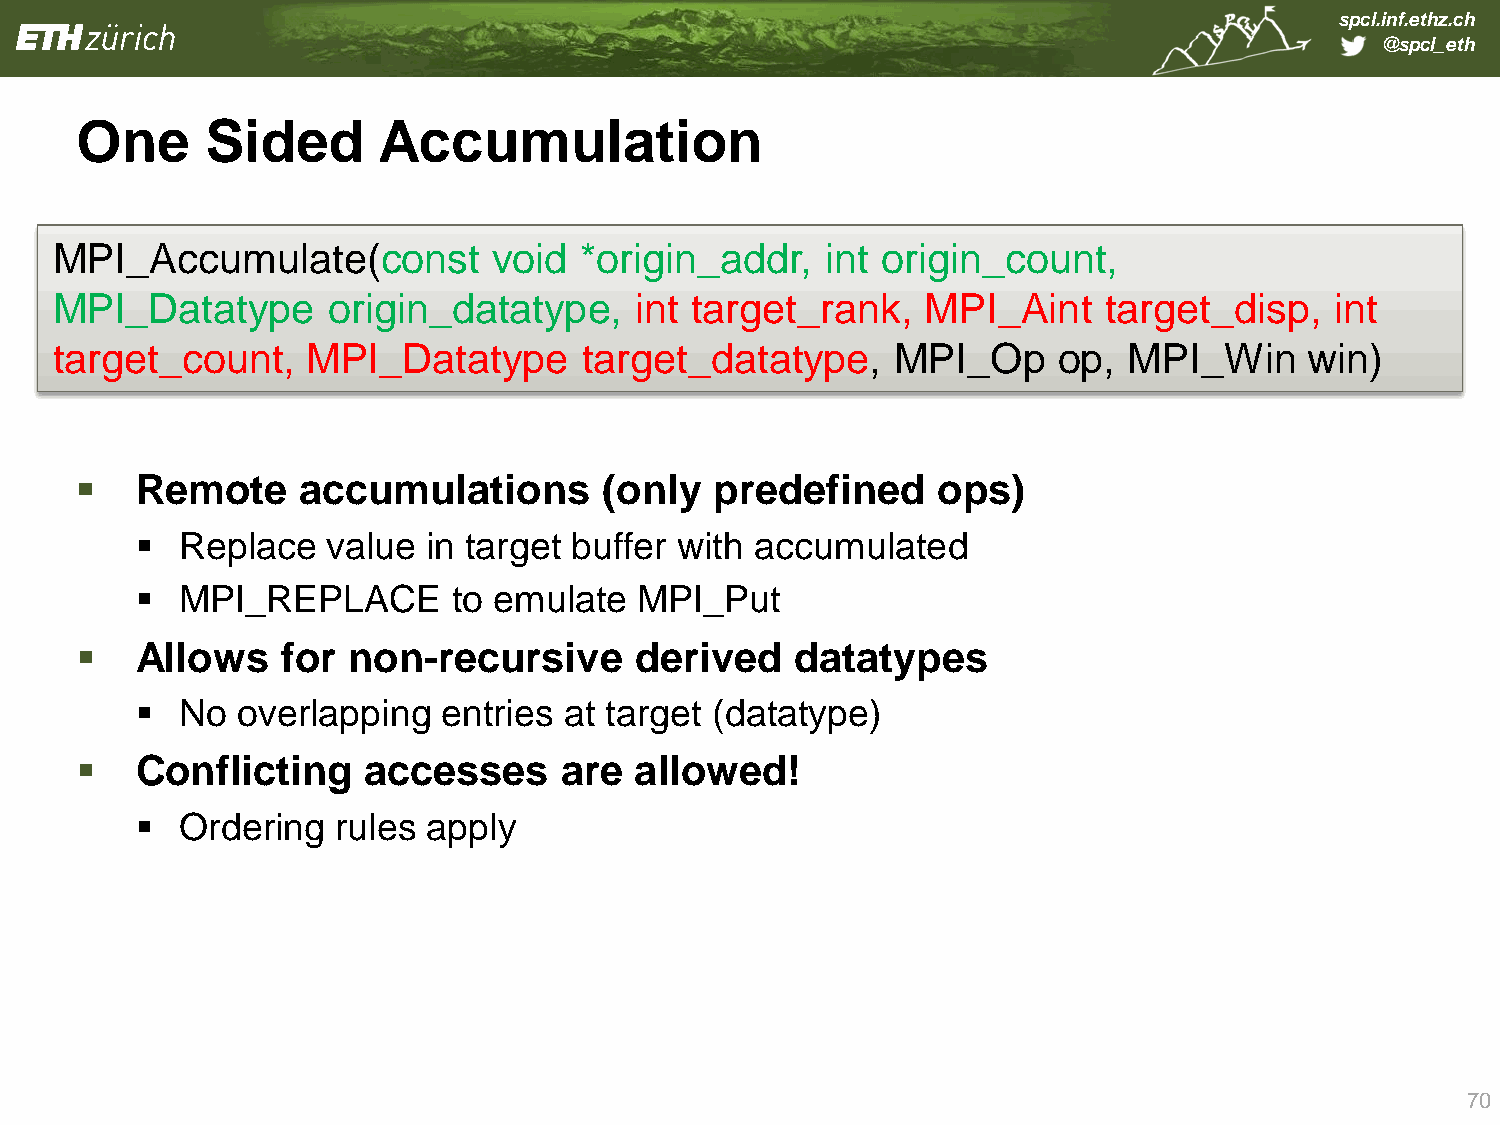
spcl.inf.ethz.ch
 @spcl_eth
 One      Sided      Accumulation
 MPI_Accumulate(const          void *origin_addr,    int origin_count,
 MPI_   Datatype    origin_datatype,    int target_rank,   MPI_Aint    target_disp,   int
 target_count,    MPI_Datatype       target_datatype,    MPI_Op     op,  MPI_Win     win)
    Remote     accumulations       (only  predefined     ops)
   Replace   value in target buffer with accumulated
   MPI_REPLACE       to emulate  MPI_Put
    Allows    for non-recursive      derived    datatypes
   No  overlapping  entries at target (datatype)
    Conflicting    accesses     are  allowed!
   Ordering  rules apply
 70